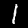
Digit: 1